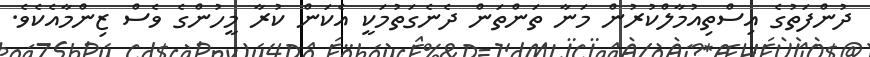
ދުންފަތުގެ އިސްތިއުމާލްކުރުން މަނާ ތަންތަން ދެނެގަތުމަކީ އެކަން ކުރާ މީހުންގެ ވެސް ޒިންމާއެކެވެ.